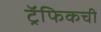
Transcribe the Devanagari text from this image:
ट्रॅफिकची